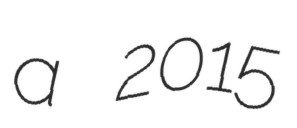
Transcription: a 2015